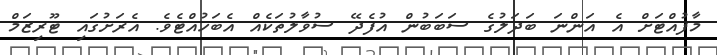
މާފުއްޓަށް އެ އަންނަ ބަދަލުގެ ސަބަބުން އުފެދޭ ސުވާލުތަކެއް އެބަހުއްޓެވެ. އެރަށުގައި ޓޫރިޒަމް